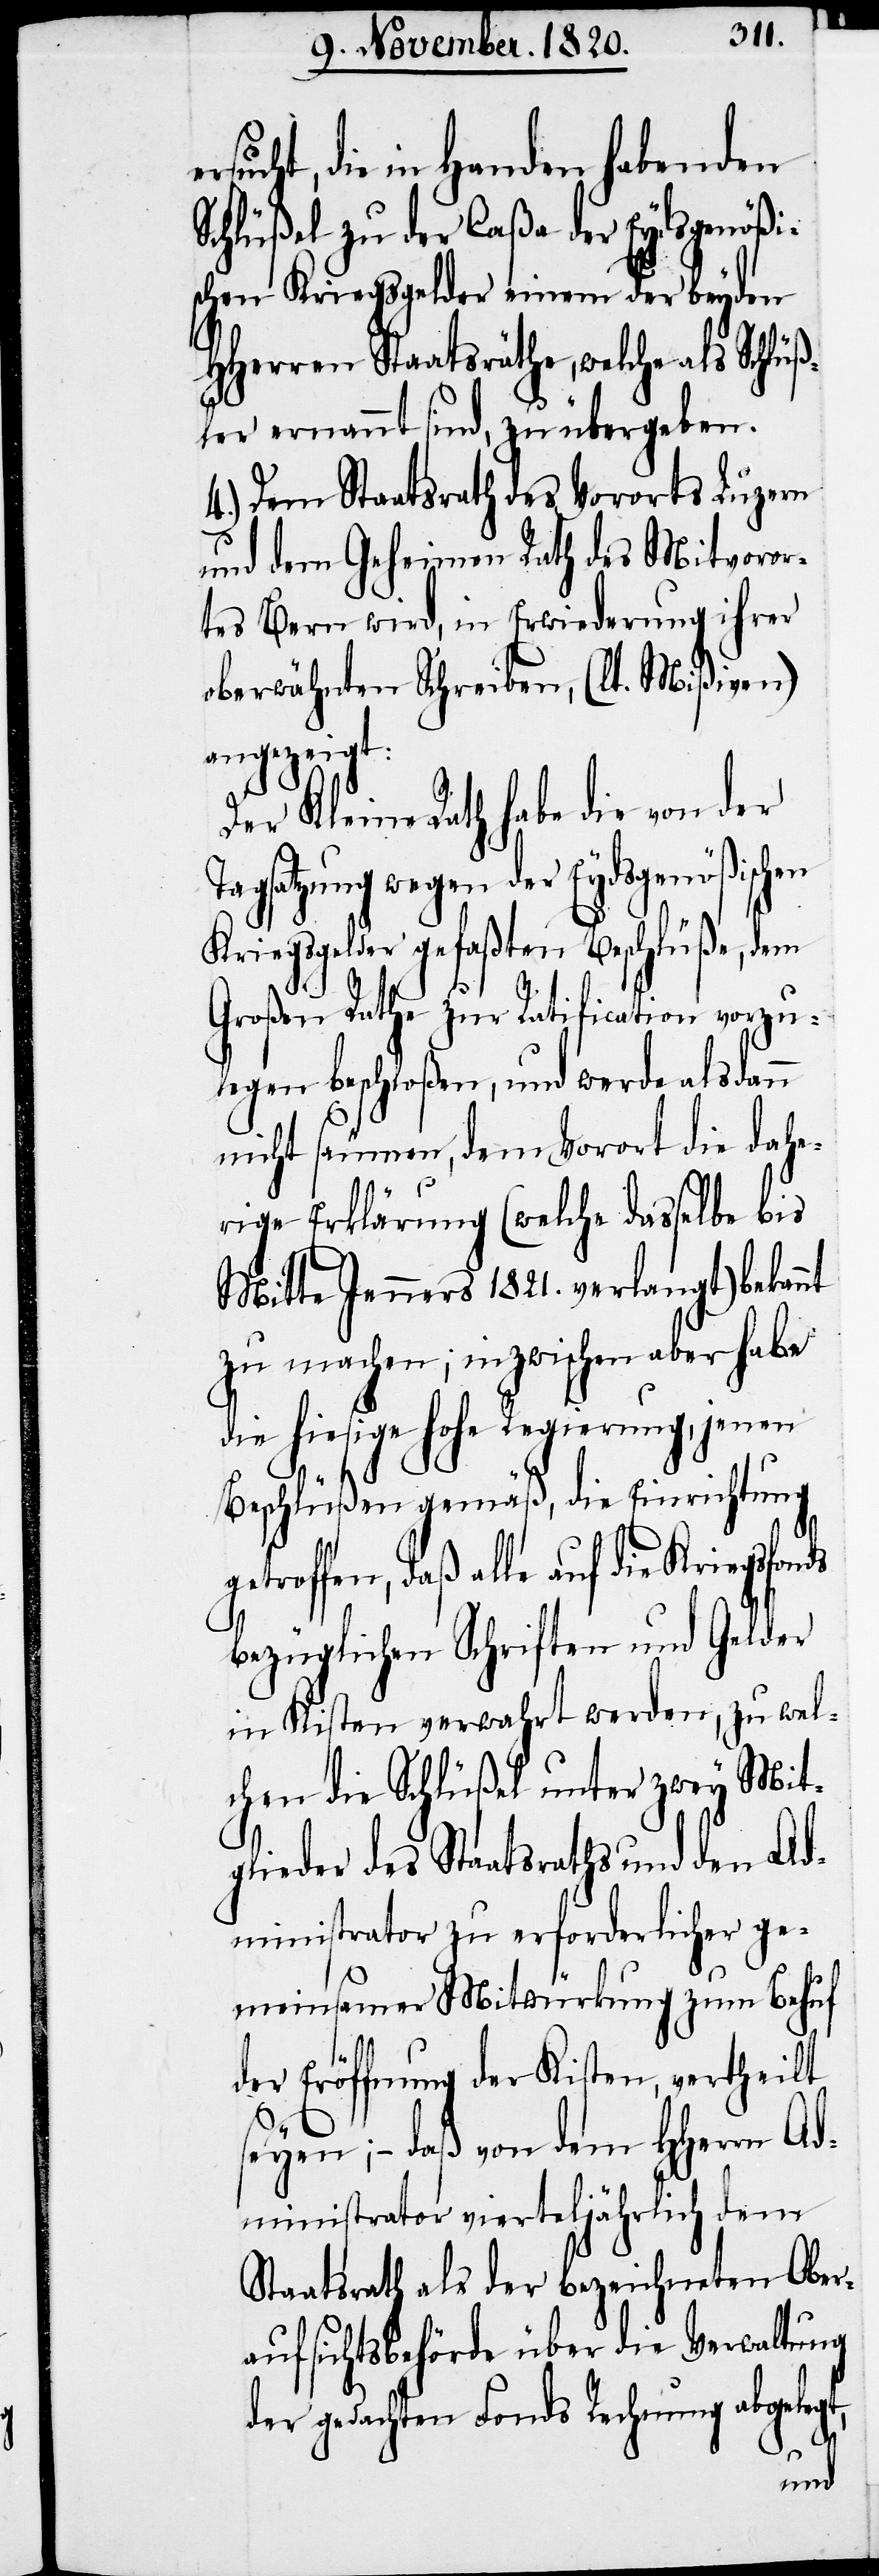
sucht, die in Handen habenden
Schlüßel zu der Caßa der Eydsgenößi¬
schen Kriegsgelder einen der beyden
Hherren Staatsräthe, welche als Schlüß¬
ler ernannt sind, zu übergeben.
4.) Dem Staatsrath des Vororts Luzern
und dem Geheimen Rath des Mitvoror¬
tes Bern wird, in Erwiederung ihrer
oberwähnten Schreiben, (lt. Mißiven)
angezeigt:
Der Kleine Rath habe die von der
Tagsatzung wegen der Eydsgenößischen
Kriegsgelder gefaßten Beschlüße, dem
Großen Rathe zur Ratification vorzu¬
legen beschloßen, und werde alsdann
nicht säumen, dem Vorort die dahe¬
rige Erklärung (welche dasselbe bis
Mitte Jenners 1821. verlangt) bekannt
zu machen; inzwischen aber habe
die hiesige hohe Regierung, jenen
Beschlüßen gemäß, die Einrichtung
roffen, daß alle auf die Kriegsfonds
bezüglichen Schriften und Gelder
in Kisten verwahrt werden, zu wel¬
chen die Schlüßel unter zwey Mit¬
glieder des Staatsraths und den Ad¬
ministrator zu erforderlicher ge¬
meinsamer Mitwürkung zum Behuf
der Eröffnung der Kisten, vertheilt
seyen; – daß von dem HHerrn Ad¬
ministrator vierteljährlich dem
Staatsrath als der bezeichneten Ober¬
aufsichtsbehörde über die Verwaltung
der gedachten Fonds Rechnung abgeleg¬

t,